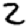
Digit: 2